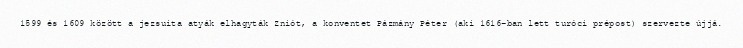
1599 és 1609 között a jezsuita atyák elhagyták Zniót, a konventet Pázmány Péter (aki 1616-ban lett turóci prépost) szervezte újjá.